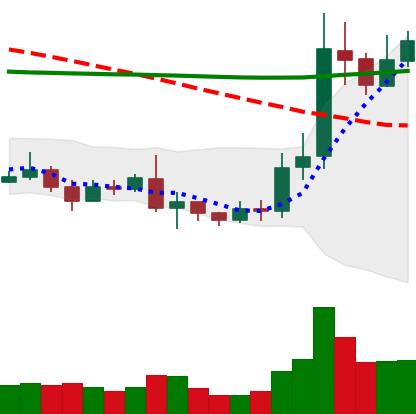
Ticker: ETC-USD
Chart end date: 2019-08-26
Forward return: -14.381%
Label: down_7plus